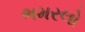
ભમરલો